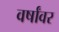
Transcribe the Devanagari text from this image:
वर्षांवर